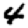
Digit: 4